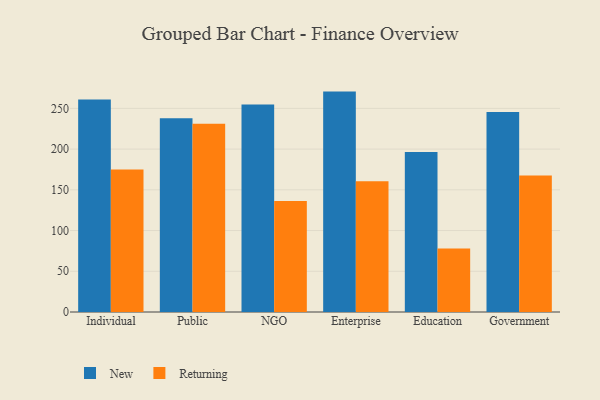
{"axis": {"x": "Segment", "y": "Page Views"}, "legend": ["New", "Returning"], "data": [{"x": "Individual", "y": 260.9, "type": "New"}, {"x": "Individual", "y": 175.1, "type": "Returning"}, {"x": "Public", "y": 237.9, "type": "New"}, {"x": "Public", "y": 231.1, "type": "Returning"}, {"x": "NGO", "y": 254.7, "type": "New"}, {"x": "NGO", "y": 136.4, "type": "Returning"}, {"x": "Enterprise", "y": 270.6, "type": "New"}, {"x": "Enterprise", "y": 160.6, "type": "Returning"}, {"x": "Education", "y": 196.4, "type": "New"}, {"x": "Education", "y": 77.9, "type": "Returning"}, {"x": "Government", "y": 245.6, "type": "New"}, {"x": "Government", "y": 167.5, "type": "Returning"}]}